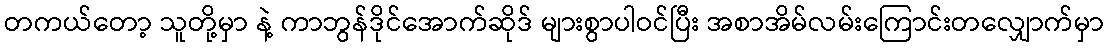
တကယ်တော့ သူတို့မှာ နဲ့ ကာဘွန်ဒိုင်အောက်ဆိုဒ် များစွာပါဝင်ပြီး အစာအိမ်လမ်းကြောင်းတလျှောက်မှာ